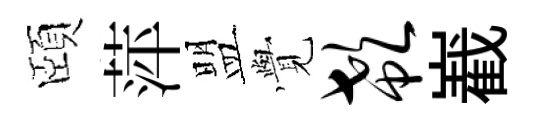
頤萍盟𮗜欷嶻